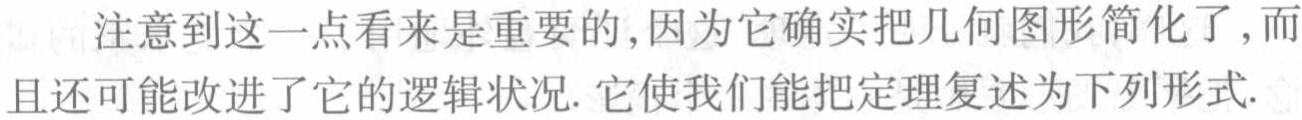
注意到这一点看来是重要的,因为它确实把几何图形简化了,而且还可能改进了它的逻辑状况. 它使我们能把定理复述为下列形式.